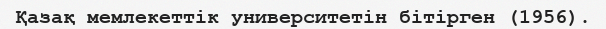
Қазақ мемлекеттік университетін бітірген (1956).